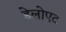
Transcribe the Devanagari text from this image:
डेलोएट